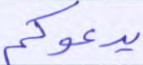
يدعوكم